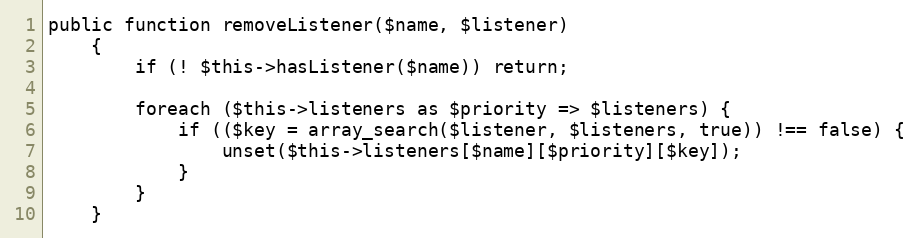
Language: PHP
public function removeListener($name, $listener)
    {
        if (! $this->hasListener($name)) return;

        foreach ($this->listeners as $priority => $listeners) {
            if (($key = array_search($listener, $listeners, true)) !== false) {
                unset($this->listeners[$name][$priority][$key]);
            }
        }
    }